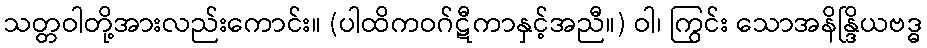
သတ္တဝါတို့အားလည်းကောင်း။ (ပါထိကဝဂ်ဋီကာနှင့်အညီ။) ဝါ၊ ကြွင်း သောအနိန္ဒြိယဗဒ္ဓ